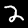
Digit: 2